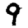
Digit: 9